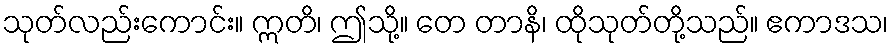
သုတ်လည်းကောင်း။ ဣတိ၊ ဤသို့။ တေ တာနိ၊ ထိုသုတ်တို့သည်။ ဧကာဒသ၊